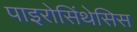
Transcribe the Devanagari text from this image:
पाइरोसिंथेसिस